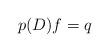
LaTeX: \begin{align*}p(D)f=q\end{align*}